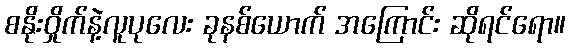
စနိုးဝှိုက်နဲ့လူပုလေး ခုနစ်ယောက် အကြောင်း ဆိုရင်ရော။